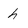
Character: h